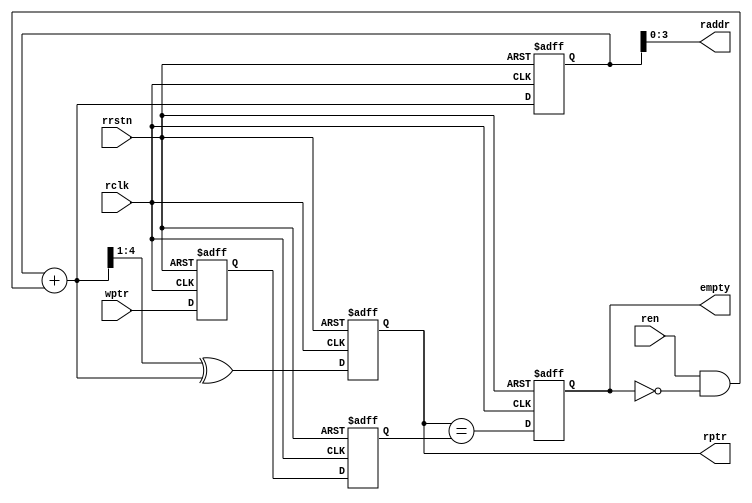
module read(empty,raddr,rptr,rclk,ren,rrstn,wptr);
    parameter A_SIZE = 4;

    output              empty;
    output [A_SIZE-1:0] raddr;
    output [A_SIZE  :0] rptr;
    input               rclk,ren,rrstn;
    input  [A_SIZE:0]   wptr;

    reg  [A_SIZE:0] bin_reg,gray_reg;
    wire [A_SIZE:0] bin_next,gray_next;
    reg  [A_SIZE:0] rwptr2,rwptr1;
    reg             empty_reg;

    assign bin_next  = bin_reg+{{A_SIZE-1{1'b0}},(ren&~empty)};
    assign gray_next = {1'b0,bin_next[A_SIZE:1]} ^ bin_next;

    always@(posedge rclk,negedge rrstn)
        if(!rrstn)
            {bin_reg,gray_reg}<=0;
        else
            {bin_reg,gray_reg}<={bin_next,gray_next};

    assign raddr = bin_reg[A_SIZE-1:0];
    assign rptr  = gray_reg;

    always@(posedge rclk,negedge rrstn)
        if(!rrstn)
            {rwptr2,rwptr1}<=0;
        else
            {rwptr2,rwptr1}<={rwptr1,wptr};

    always@(posedge rclk,negedge rrstn)
        if(!rrstn)
            empty_reg<=1'b1;
        else
            empty_reg<=(rptr==rwptr2);

    assign empty=empty_reg;
endmodule